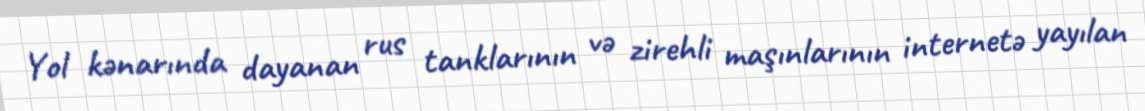
Yol kənarında dayanan rus tanklarının və zirehli maşınlarının internetə yayılan